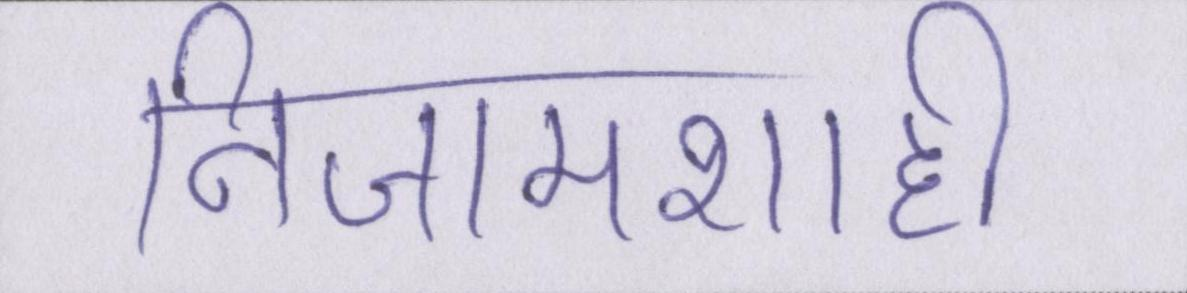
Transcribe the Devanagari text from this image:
निजामशाही